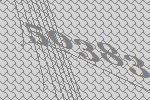
50383